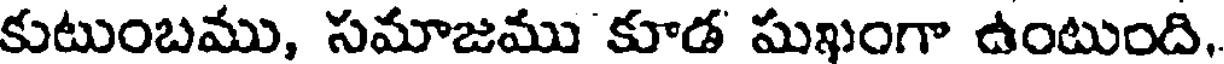
కుటుంబము, సమాజము కూడ పుఖంగా ఉంటుంది,